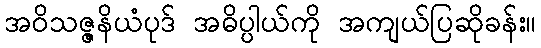
အဝိသဇ္ဇနိယံပုဒ် အဓိပ္ပါယ်ကို အကျယ်ပြဆိုခန်း။